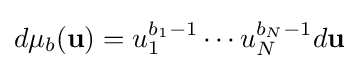
d\mu _{b}(\mathbf {u} )=u_{1}^{b_{1}-1}\cdots u_{N}^{b_{N}-1}d\mathbf {u}